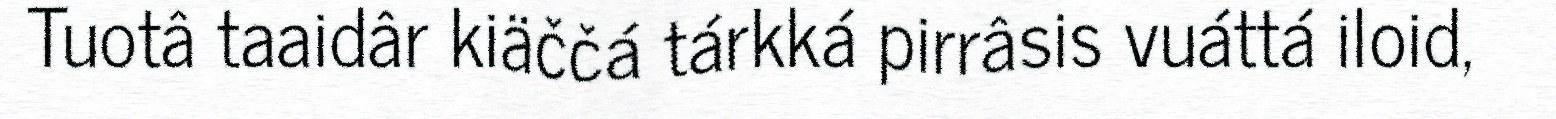
Tuotâ taaidâr kiäččá tárkká pirrâsis vuáttá iloid,